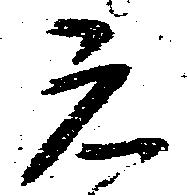
元